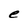
Character: e